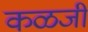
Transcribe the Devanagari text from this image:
कळजी